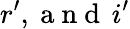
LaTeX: r^{\prime},\mathrm{~a~n~d~}\, i^{\prime}